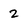
Character: 2